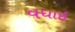
વધાઇ